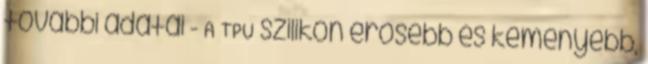
további adatai - A TPU szilikon erősebb és keményebb,